Leaving Certificate Examination, 1924
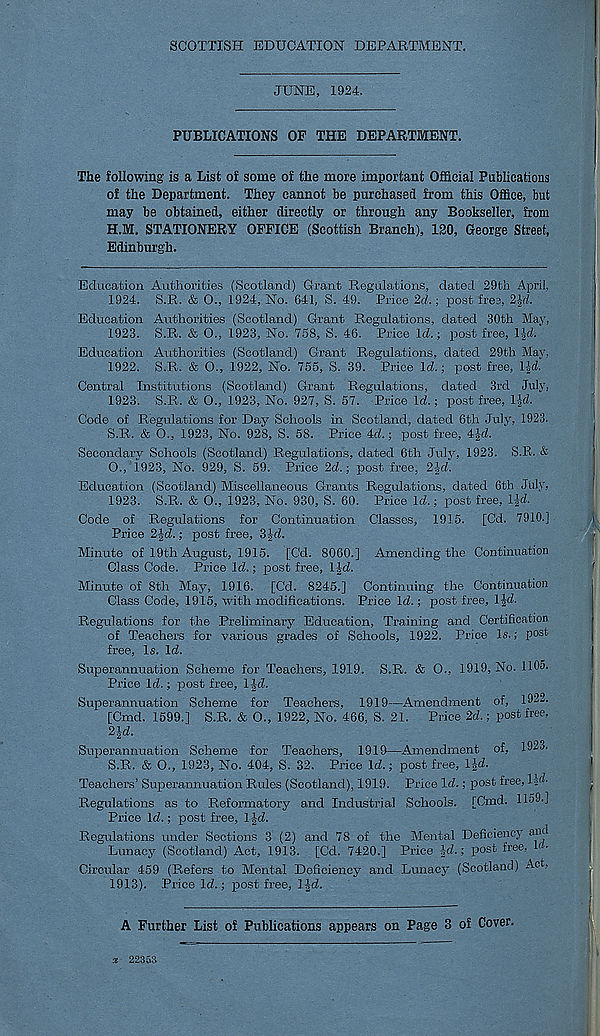
SCOTTISH EDUCATION DEPARTMENT.
JUNE, 1924.
PUBLICATIONS OF THE DEPARTMENT.
The following is a List of some of the more important Official Publications
of the Department. They cannot be purchased from this Office, but
may be obtained, either directly or through any Bookseller, from
H.M, STATIONERY OFFICE (Scottish Branch), 120, George Street,
Edinburgh.
Education Authorities (Scotland) Grant Regulations, dated 29th April,
1924. S.R. & O., 1924, No. 641, S. 49. Price 2ci!.; post free, 2|-d.
Education Authorities (Scotland) Grant Regulations, dated 30th May,
1923. S.R. & O., 1923, No. 758, S. 46. Price Id.; post free, l-|d.
Education Authorities (Scotland) Grant Regulations, dated 29th May,
1922. S.R. & O., 1922, No. 755, S. 39. Price Id.; post free, l-|-d.
Central Institutions (Scotland) Grant Regulations, dated 3rd July,
1923. S.R, & O., 1923, No. 927, S. 57. Price Id.; post free, IJd.
Code of Regulations for Day Schools in Scotland, dated 6th July, 1923.
S.R. & O., 1923, No. 928, S. 58. Price 4d.; post free, 4Jd.
Secondary Schools (Scotland) Regulations, dated 6th July, 1923. S.R. &
O., 1923, No. 929, S. 59. Price 2d.; post free, 2 Jd.
Education (Scotland) Miscellaneous Grants Regulations, dated 6th July,
1923. S.R, & O., 1923, No. 930, S. 60. Price Id.; post free, l-|d.
Code of Regulations for Continuation Classes, 1915. [Cd. 7910.]
Price 2-Jd.; post free, 3|d.
Minute of 19th August, 1915. [Cd. 8060.] Amending the Continuation
Class Code. Price Id.; jnost free, lid.
Minute of 8th May, 1916. [Cd. 8245.] Continuing the Continuation
Class Code, 1915, with modifications. Price Id.; post free, IJd.
Regulations for the Preliminary Education, Training and Certification,
of Teachers for various grades of Schools, 1922. Price Is.; p ost;
free, Is. Id.
Superannuation Scheme for Teachers, 1919. S.R. & O., 1919, No. 1105.
Price Id.; post free, Ifd.
Superannuation Scheme for Teachers, 1919—Amendment of, 1922.
[Cmd. 1599.] S.R. & O., 1922, No. 466. S. 21.
Price 2d.; post free,
2 id.
Superannuation Scheme for Teachers, 1919—Amendment of, 1923.
S.R. & O., 1923, No. 404, S. 32. Price Id.; post free, lid.
Teachers’ Superannuation Rules (Scotland), 1919. Price Id.; joost free, Dd.
Regulations as to Reformatory and Industrial Schools. [Cmd. 1159.]
Price Id.; post free, l|d.
Regulations under Sections 3 (2) and 78 of the Mental Deficiency and
Lunacy (Scotland) Act, 1913. [Cd. 7420.] Price id.; post free, M-
Circular 459 (Refers to Mental Deficiency and Lunacy (Scotland) Act,
1913). Price Id.; post free, Ijd.
A Further List of Publications appears on Page 3 of Cover.
x 22353